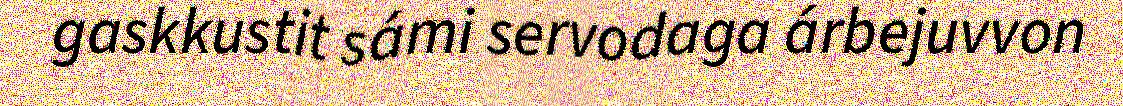
gaskkustit sámi servodaga árbejuvvon